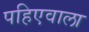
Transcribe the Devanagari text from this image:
पहिएवाला